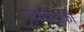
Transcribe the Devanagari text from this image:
एककेंद्रकी